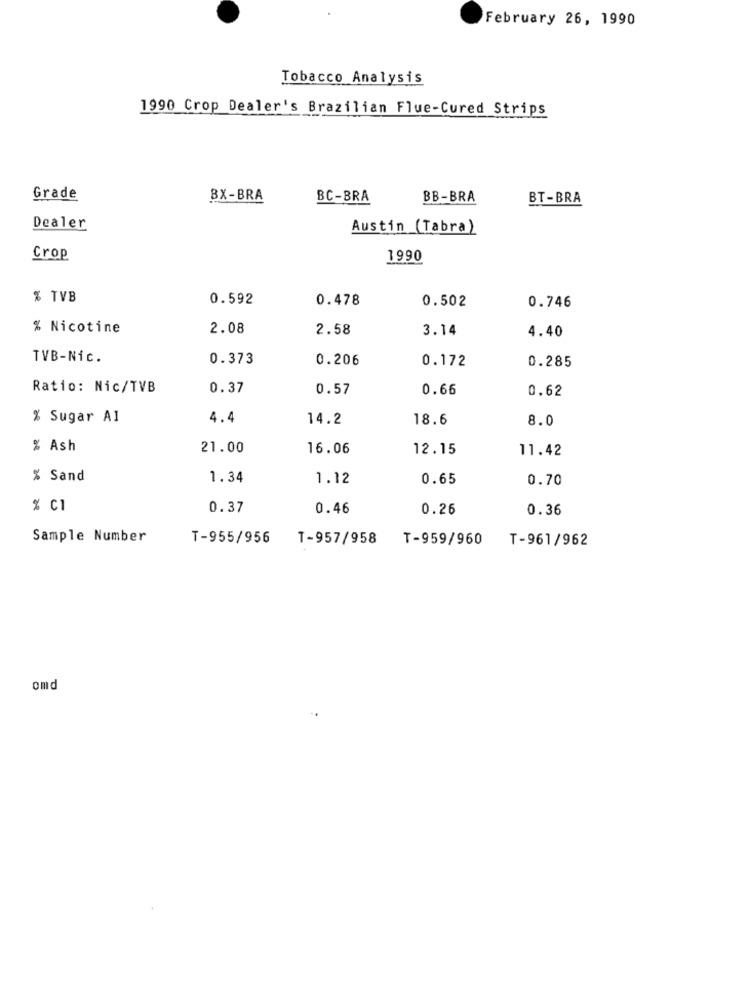
February 26, 1990
Tobacco Analysis
1990 Crop Dealer's Brazilian Flue-Cured Strips
Grade
BX-BRA
BC-BRA
BB-BRA
BT-BRA
Dealer
Austin (Tabra)
Crop
1990
% TVB
0.592
0.478
0.502
0.746
% Nicotine
2.08
2.58
3.14
4.40
TVB-Nic.
0.373
0.206
0.172
0.285
Ratio: Nic/TVB
0.37
0.57
0.66
0.62
% Sugar AI
4.4
14.2
18.6
8.0
% Ash
21.00
16.06
12.15
11.42
% Sand
1.34
1.12
0.65
0.70
% C1
0.37
0.46
0.26
0.36
Sample Number
T-955/956
T-957/958
T-959/960
T-961/962
omd